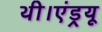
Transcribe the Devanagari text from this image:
थी।एंड्रयू